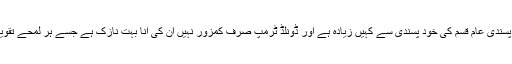
کلینکل سائیکولوجی میں ڈگری حاصل کرنے والی ان کی بھتیجی لکھتی ہیں کہ ’یہ خود پسندی عام قسم کی خود پسندی سے کہیں زیادہ ہے اور ڈونلڈ ٹرمپ صرف کمزور نہیں ان کی انا بہت نازک ہے جسے ہر لمحے تقویت چاہیے کیوں کہ اندر سے وہ جانتے ہیں کہ وہ کچھ نہیں جس کا وہ دعویٰ کرتے ہیں۔